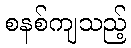
စနစ်ကျသည့်